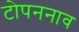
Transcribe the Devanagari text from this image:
टोपननाव